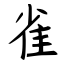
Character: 雀